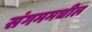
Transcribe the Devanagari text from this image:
संगममधील